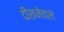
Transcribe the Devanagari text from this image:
दीखनेवाले